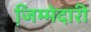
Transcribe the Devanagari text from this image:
जि़म्मेदारी